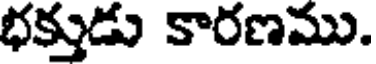
భక్తుడు కారణము.